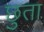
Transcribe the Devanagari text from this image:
छुता